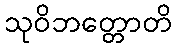
သုဝိဘတ္တောတိ